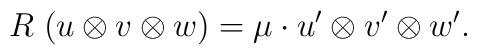
R \; ( u \otimes v \otimes w ) = \mu \cdot u' \otimes v'\otimes w' .